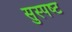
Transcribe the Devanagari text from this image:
सुस्‍पष्‍ट